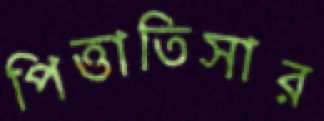
পিত্তাতিসার